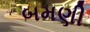
બમણી